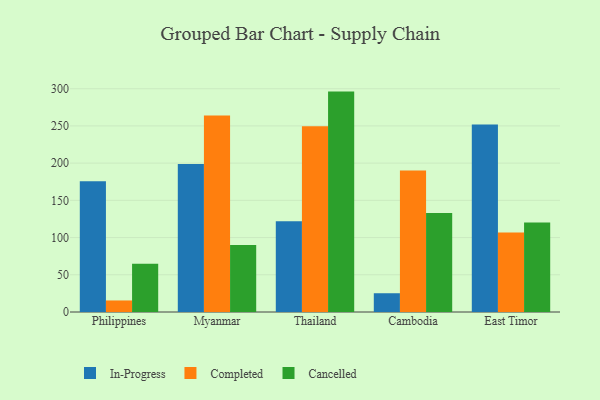
{"axis": {"x": "Country", "y": "Latency (ms)"}, "legend": ["Cancelled", "Completed", "In-Progress"], "data": [{"x": "Philippines", "y": 175.7, "type": "In-Progress"}, {"x": "Philippines", "y": 15.5, "type": "Completed"}, {"x": "Philippines", "y": 64.7, "type": "Cancelled"}, {"x": "Myanmar", "y": 198.9, "type": "In-Progress"}, {"x": "Myanmar", "y": 264.1, "type": "Completed"}, {"x": "Myanmar", "y": 90.0, "type": "Cancelled"}, {"x": "Thailand", "y": 122.0, "type": "In-Progress"}, {"x": "Thailand", "y": 249.4, "type": "Completed"}, {"x": "Thailand", "y": 296.1, "type": "Cancelled"}, {"x": "Cambodia", "y": 25.2, "type": "In-Progress"}, {"x": "Cambodia", "y": 190.2, "type": "Completed"}, {"x": "Cambodia", "y": 133.1, "type": "Cancelled"}, {"x": "East Timor", "y": 251.9, "type": "In-Progress"}, {"x": "East Timor", "y": 106.8, "type": "Completed"}, {"x": "East Timor", "y": 120.3, "type": "Cancelled"}]}